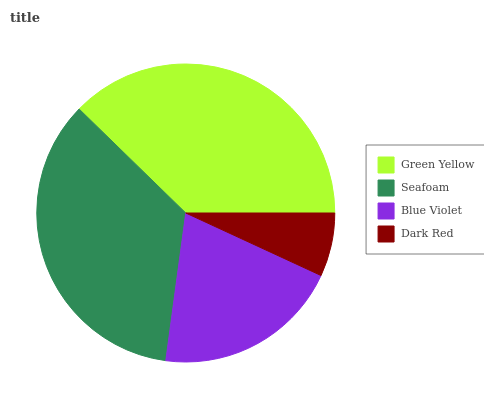
| Green Yellow | Seafoam | Blue Violet | Dark Red |
 | --- | --- | --- | --- |
 | 37.7% | 35.2% | 20.2% | 6.89% |